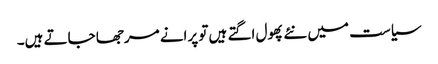
سیاست میں نئے پھول اگتے ہیں تو پرانے مرجھا جاتے ہیں۔